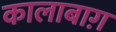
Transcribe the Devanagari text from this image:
कालाबाग़